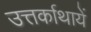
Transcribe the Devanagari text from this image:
उत्तर्काथायें